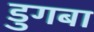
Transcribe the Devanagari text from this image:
डुगबा